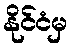
နိုင်ငံမှ